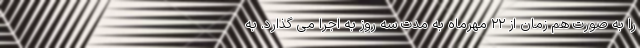
را به صورت هم زمان از ۲۲ مهرماه به مدت سه روز به اجرا می گذارد. به